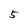
Character: 5